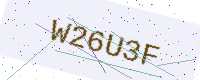
Text: W26U3F